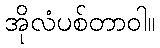
အိုလံပစ်တာဝါ။